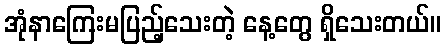
အုံနာကြေးမပြည့်သေးတဲ့ နေ့တွေ ရှိသေးတယ်။